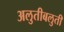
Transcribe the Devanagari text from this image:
अलुतीबलुती